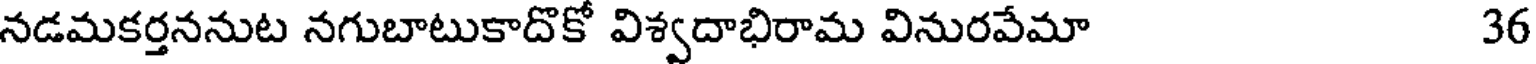
నడమకర్తననుట నగుబాటుకాదొకో విశ్వదాభిరామ వినురవేమా 36